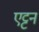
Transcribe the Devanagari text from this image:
एट्टन